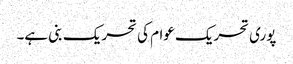
پوری تحریک عوام کی تحریک بنی ہے۔